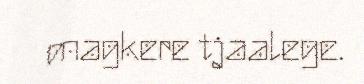
magkere tjaalege.